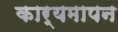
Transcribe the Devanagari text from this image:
कार्यमापन